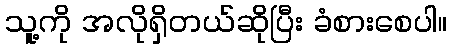
သူ့ကို အလိုရှိတယ်ဆိုပြီး ခံစားစေပါ။